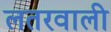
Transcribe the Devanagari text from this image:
लतरवाली